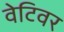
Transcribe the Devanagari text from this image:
वेटिवर